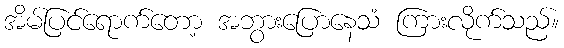
အိမ်ပြင်ရောက်တော့ အဘွားပြောနေသံ ကြားလိုက်သည်။